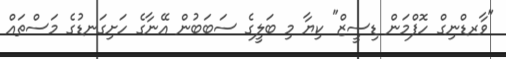
"ވާރޑްނިގް ހޮފްމަން ޑިސީޒް" ކިޔާ މި ބަލީގެ ސަބަބުން އޭނާގެ ހަށިގަނޑުގެ މަސްތައް